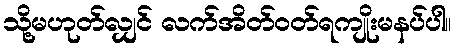
သို့မဟုတ်လျှင် လက်အိတ်ဝတ်ရကျိုးမနပ်ပါ။